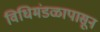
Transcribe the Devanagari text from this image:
विधिमंडळापासून